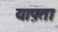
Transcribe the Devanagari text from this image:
याफ़्ता